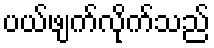
ပယ်ဖျက်လိုက်သည်